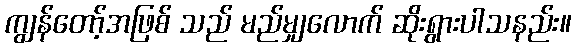
ကျွန်တော့်အဖြစ် သည် မည်မျှလောက် ဆိုးရွားပါသနည်း။